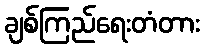
ချစ်ကြည်ရေးတံတား